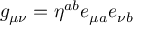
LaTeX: g _ { \mu \nu } = \eta ^ { a b } e _ { \mu a } e _ { \nu b }